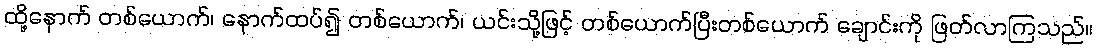
ထို့နောက် တစ်ယောက်၊ နောက်ထပ်၍ တစ်ယောက်၊ ယင်းသို့ဖြင့် တစ်ယောက်ပြီးတစ်ယောက် ချောင်းကို ဖြတ်လာကြသည်။